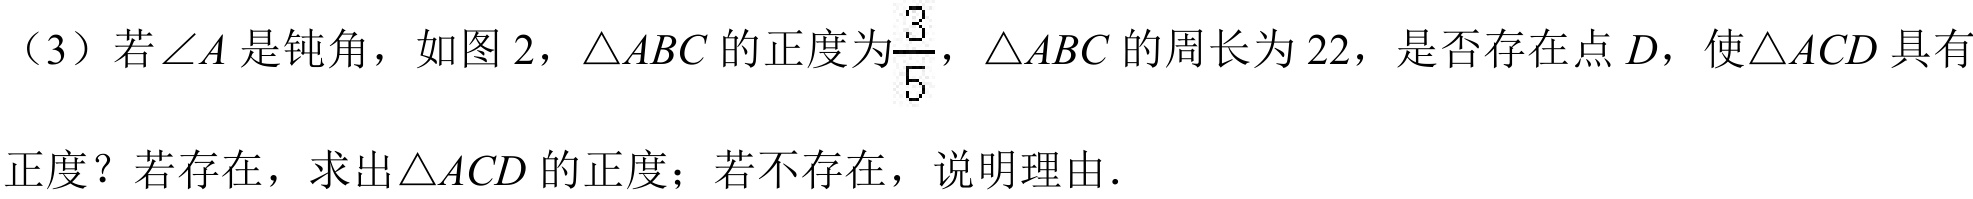
（3）若$\angle A$是钝角，如图 2，$\triangle ABC$的正度为$\frac{3}{5}$，$\triangle ABC$的周长为$22$，是否存在点$D$，使$\triangle ACD$具有
正度？若存在，求出$\triangle ACD$的正度；若不存在，说明理由.